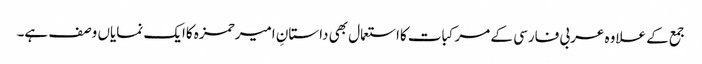
جمع کے علاوہ عربی فارسی کے مرکبات کااستعمال بھی داستانِ امیرحمزہ کاایک نمایاں وصف ہے۔